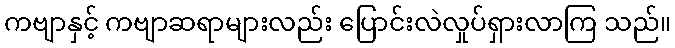
ကဗျာနှင့် ကဗျာဆရာများလည်း ပြောင်းလဲလှုပ်ရှားလာကြ သည်။